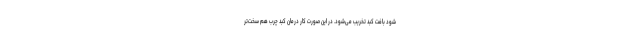
شود بافت کبد تخریب می‌شود. در این صورت کار درمان کبد چرب هم سخت‌تر